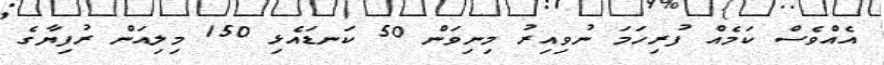
އެއްވެސް ކަމެއް ފުރިހަމަ ނުވިއިރު މިނިވަން 50 ކަނޑައެޅި 150 މިލިއަން ރުފިޔާގެ